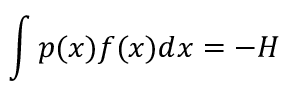
\int p ( x ) f ( x ) d x = - H